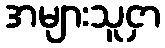
အများသူငှာ